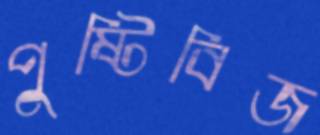
পুষ্টিবিজ